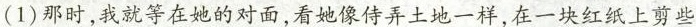
(1)那时，我就等在她的对面，看她像侍弄土地一样，在一块红纸上剪些